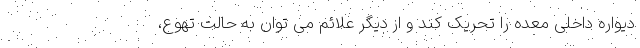
دیواره داخلی معده را تحریک کند و از دیگر علائم می توان به حالت تهوع،